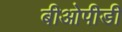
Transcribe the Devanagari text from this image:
बीओपीडी